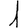
Digit: 1